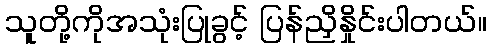
သူတို့ကိုအသုံးပြုခွင့် ပြန်ညှိနှိုင်းပါတယ်။